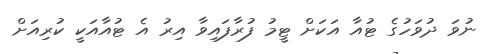
ނުވަ ދުވަހުގެ ޓުއާ އަކަށް ޓީމު ފުރާފައިވާ އިރު އެ ޓުއާއަކީ ކުރިއަށް